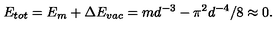
E _ { t o t } = E _ { m } + \Delta E _ { v a c } = m d ^ { - 3 } - \pi ^ { 2 } d ^ { - 4 } / 8 \approx 0 .